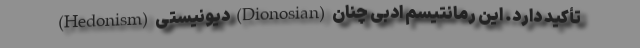
(Hedonism) دیونیستی (Dionosian) تأکید دارد. این رمانتیسم ادبی چنان